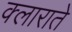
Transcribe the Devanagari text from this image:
क्लाराते